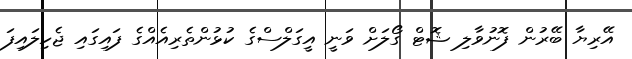
އޭރިޔާ ބޭރުން ފޮނުވާލި ޝޮޓް ގޯލަށް ވަނީ އީގަލްސްގެ ކުޅުންތެރިއެއްގެ ފައިގައި ޖެހިލައިފަ